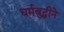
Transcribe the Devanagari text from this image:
धर्मबुद्धीने